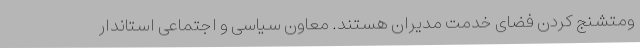
ومتشنج کردن فضای خدمت مدیران هستند. معاون سیاسی و اجتماعی استاندار